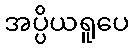
အပ္ပိယရူပေ